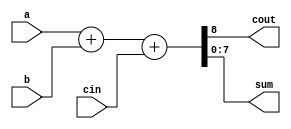
// Creating a scaleable adder

module adder_8(cout, sum, a, b, cin);
output cout;
output [7:0] sum; 	 // sum uses the size parameter
input cin;
input [7:0] a, b;  // 'a' and 'b' use the size parameter

assign {cout, sum} = a + b + cin;

endmodule